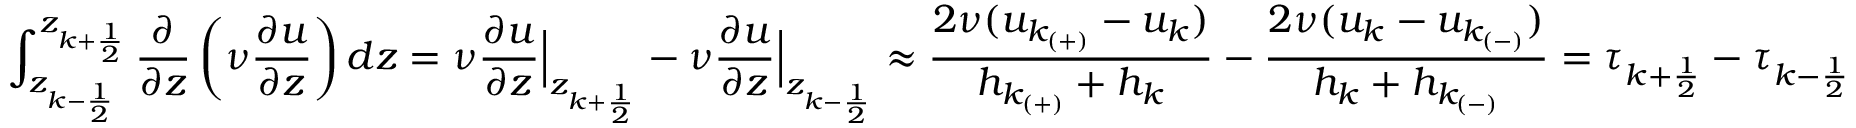
\int _ { z _ { k - \frac { 1 } { 2 } } } ^ { z _ { k + \frac { 1 } { 2 } } } \frac { \partial } { \partial z } \left( \nu \frac { \partial u } { \partial z } \right) d z = \nu \frac { \partial u } { \partial z } \Big | _ { z _ { k + \frac { 1 } { 2 } } } - \nu \frac { \partial u } { \partial z } \Big | _ { z _ { k - \frac { 1 } { 2 } } } \approx \frac { 2 \nu ( u _ { k _ { ( + ) } } - u _ { k } ) } { h _ { k _ { ( + ) } } + h _ { k } } - \frac { 2 \nu ( u _ { k } - u _ { k _ { ( - ) } } ) } { h _ { k } + h _ { k _ { ( - ) } } } = \tau _ { k + \frac { 1 } { 2 } } - \tau _ { k - \frac { 1 } { 2 } }